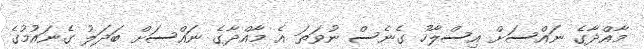
މާއްދާގެ ނައްސަށް އިސްލާހު ގެނެސް ނުވަތަ އެ މާއްދާގެ ނައްސަށް ބަދަލު ގެނައުމުގެ